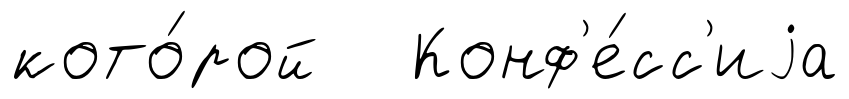
кото́рой Конф'е́сс'иjа